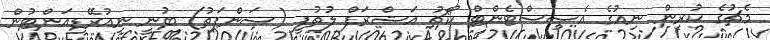
މެޗުގެ ކުރިން ނިއުގެ އެސިސްޓެންޓް ކޯޗު އަޝްރަފް ލުތުފީ (ސަންޕަތު) ބުނީ ނިއުރޭޑިއަންޓުން